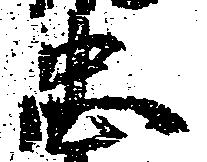
忠